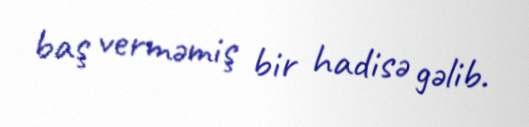
baş verməmiş bir hadisə gəlib.